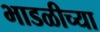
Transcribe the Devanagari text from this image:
भाडळीच्या